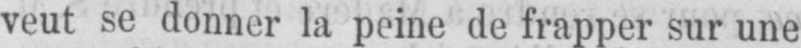
veut se donner la peine de frapper sur une